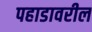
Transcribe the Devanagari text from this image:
पहाडावरील